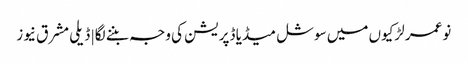
نوعمر لڑکیوں میں سوشل میڈیا ڈپریشن کی وجہ بننے لگا | ڈیلی مشرق نیوز